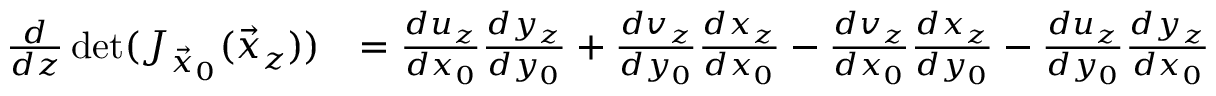
\begin{array} { r l } { \frac { d } { d z } \operatorname* { d e t } ( J _ { \vec { x } _ { 0 } } ( \vec { x } _ { z } ) ) } & { = \frac { d u _ { z } } { d x _ { 0 } } \frac { d y _ { z } } { d y _ { 0 } } + \frac { d v _ { z } } { d y _ { 0 } } \frac { d x _ { z } } { d x _ { 0 } } - \frac { d v _ { z } } { d x _ { 0 } } \frac { d x _ { z } } { d y _ { 0 } } - \frac { d u _ { z } } { d y _ { 0 } } \frac { d y _ { z } } { d x _ { 0 } } } \end{array}